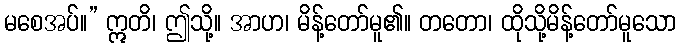
မစေအပ်။” ဣတိ၊ ဤသို့။ အာဟ၊ မိန့်တော်မူ၏။ တတော၊ ထိုသို့မိန့်တော်မူသော